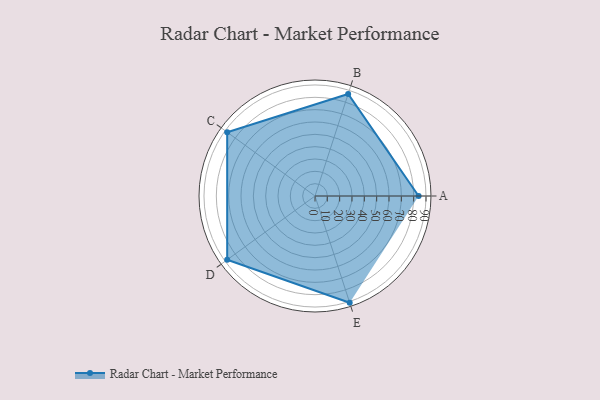
{"axis": {"x": "Skill", "y": "Score"}, "legend": ["Profile"], "data": [{"x": "A", "y": 84.0, "type": "Profile"}, {"x": "B", "y": 87.0, "type": "Profile"}, {"x": "C", "y": 88.0, "type": "Profile"}, {"x": "D", "y": 88.0, "type": "Profile"}, {"x": "E", "y": 91.0, "type": "Profile"}]}